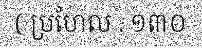
( ប្រហែល . ១៣០